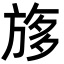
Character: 𣃽